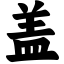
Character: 盖